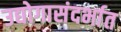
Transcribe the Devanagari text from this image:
उद्योगासंदर्भात